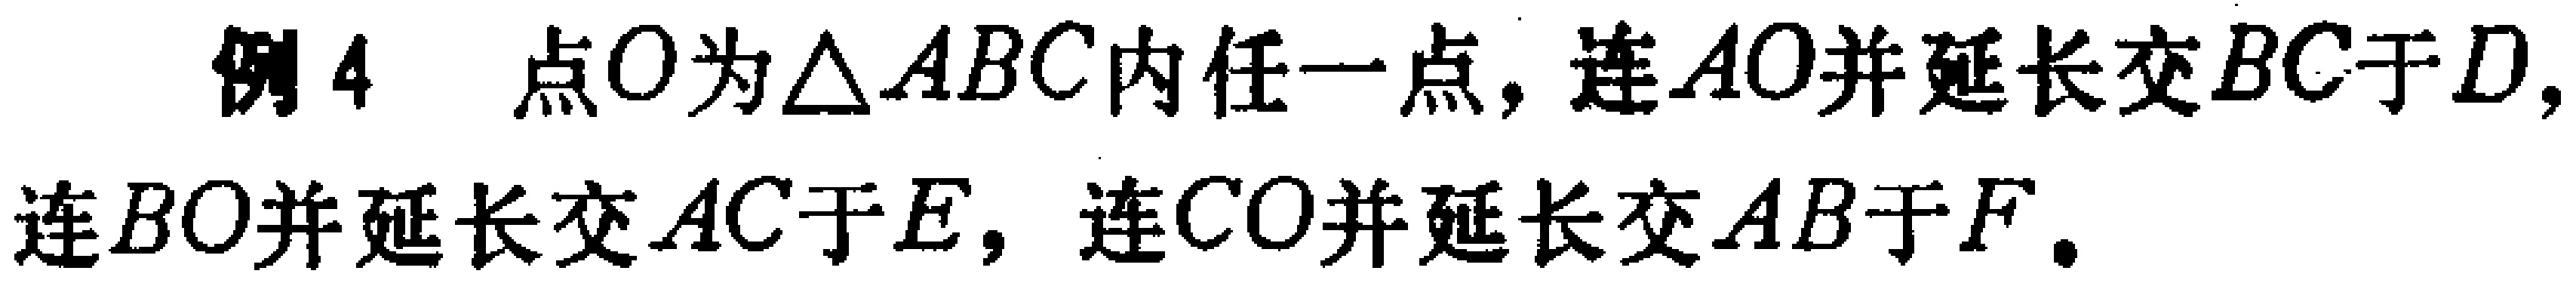
例4 点\(O\)为\(\triangle ABC\)内任一点，连\(AO\)并延长交\(BC\)于\(D\)，连\(BO\)并延长交\(AC\)于\(E\)，连\(CO\)并延长交\(AB\)于\(F\)。